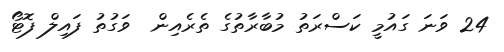
24 ވަނަ ގައުމީ ކަސްރަތު މުބާރާތުގެ ތެރެއިން  ވަގުތު ފައިލް ފޮޓޯ